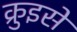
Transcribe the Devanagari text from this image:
क्रुइसे